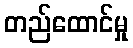
တည်ထောင်မှု